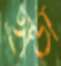
হান্ডা